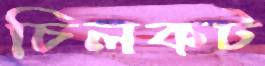
চিলকট